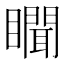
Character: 𰦇